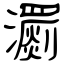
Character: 瀱